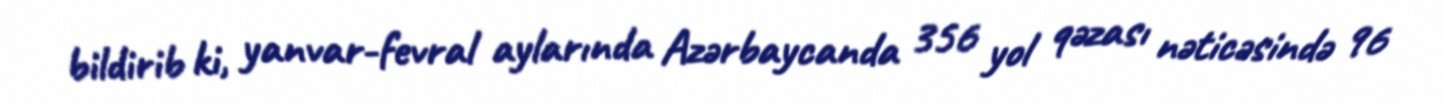
bildirib ki, yanvar-fevral aylarında Azərbaycanda 356 yol qəzası nəticəsində 96